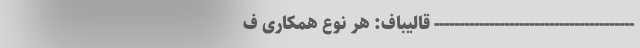
---------------------------------------- قالیباف: هر نوع همکاری ف